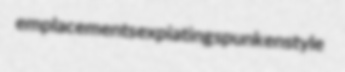
emplacements expiating spunk enstyle